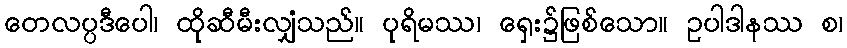
တေလပ္ပဒီပေါ၊ ထိုဆီမီးလျှံသည်။ ပုရိမဿ၊ ရှေး၌ဖြစ်သော။ ဥပါဒါနဿ စ၊